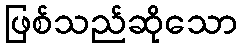
ဖြစ်သည်ဆိုသော